Civil Veterinary Dept. Bombay admin report 1914-1922 - 1914-1922
Year: 1914
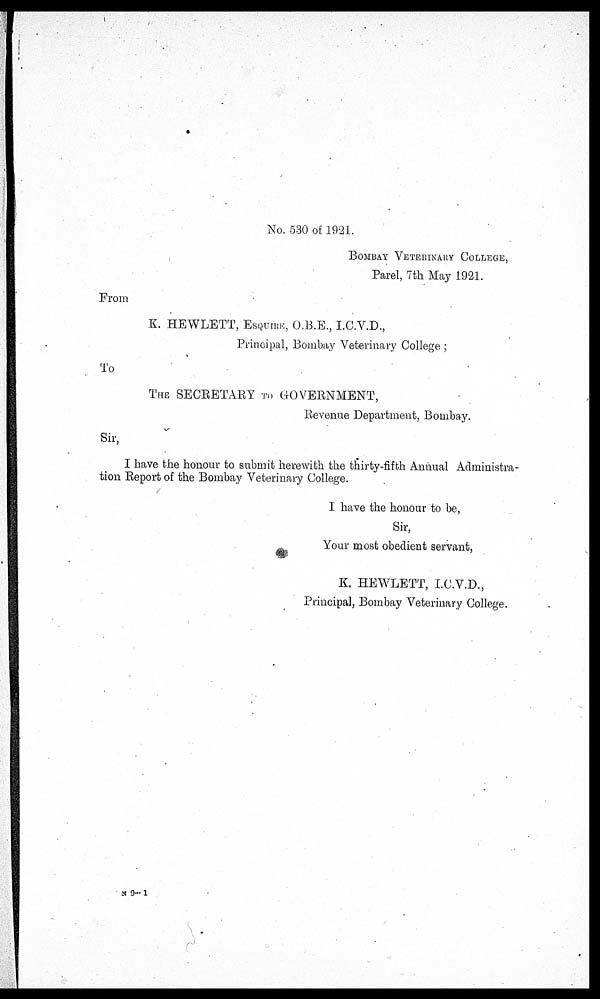
No. 530 of 1921.
BOMBAY VETERINARY COLLEGE,
Parel, 7th May 1921.
From
K. HEWLETT, ESQUIRE, O.B.E., I.C.V.D.,
Principal, Bombay Veterinary College;
To
THE SECRETARY TO GOVERNMENT,
Revenue Department, Bombay.
Sir,
I have the honour to submit herewith the thirty-fifth Annual Administra-
tion Report of the Bombay Veterinary College.
I have the honour to be,
Sir,
Your most obedient servant,
K. HEWLETT, I.C.V.D.,
Principal, Bombay Veterinary College.
N 9—1